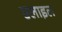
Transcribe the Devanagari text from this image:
एलाइल